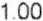
1.00